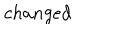
c h a n g e d